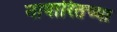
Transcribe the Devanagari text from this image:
नायारितच्या